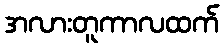
အလားတူကာလထက်